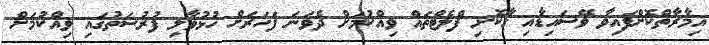
އިމާރާތްކޮށްފައިވާ ވޭސައިޑާއި ގާކޮށި ފްލެޓްތައް ވިއްކުމަށް ދެވަނަ ފަހަރަށް ހުޅުވާލި ފުރުސަތުގައި ވިއްކުމަށް